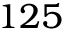
1 2 5